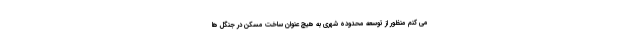
می کنم منظور از توسعه محدوده شهری به هیچ عنوان ساخت مسکن در جنگل ها